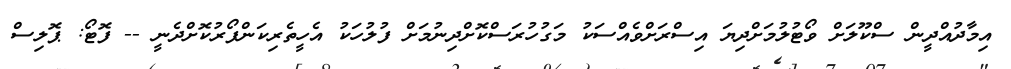
އިމާދުއްދީން ސްކޫލަށް ވޯޓުލުމަށްދިޔަ އިސްރަށްވެއްސަކު މަގުހުރަސްކޮށްދިނުމަށް ފުލުހަކު އެހީތެރިކަންފޯރުކޮށްދެނީ -- ފޮޓޯ: ޕޮލިސް